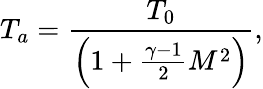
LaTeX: T_{a}=\frac{T_{0}}{\left(1+\frac{\gamma-1}{2}M^{2}\right)},